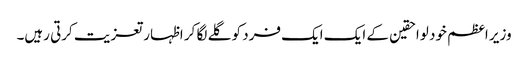
وزیر اعظم خود لواحقین کے ایک ایک فرد کو گلے لگا کر اظہار تعزیت کرتی رہیں۔